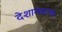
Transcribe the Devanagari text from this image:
देशामधल्या